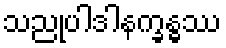
သညုပါဒါနက္ခန္ဓဿ